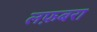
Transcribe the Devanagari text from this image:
लफ़बरा